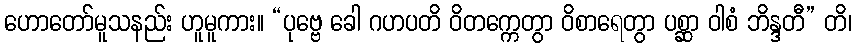
ဟောတော်မူသနည်း ဟူမူကား။ “ပုဗ္ဗေ ခေါ ဂဟပတိ ဝိတက္ကေတွာ ဝိစာရေတွာ ပစ္ဆာ ဝါစံ ဘိန္ဒတီ” တိ၊